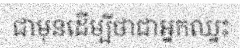
ជាមុនដើម្បីថាជាអ្នកឈ្នះ